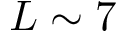
L \sim 7